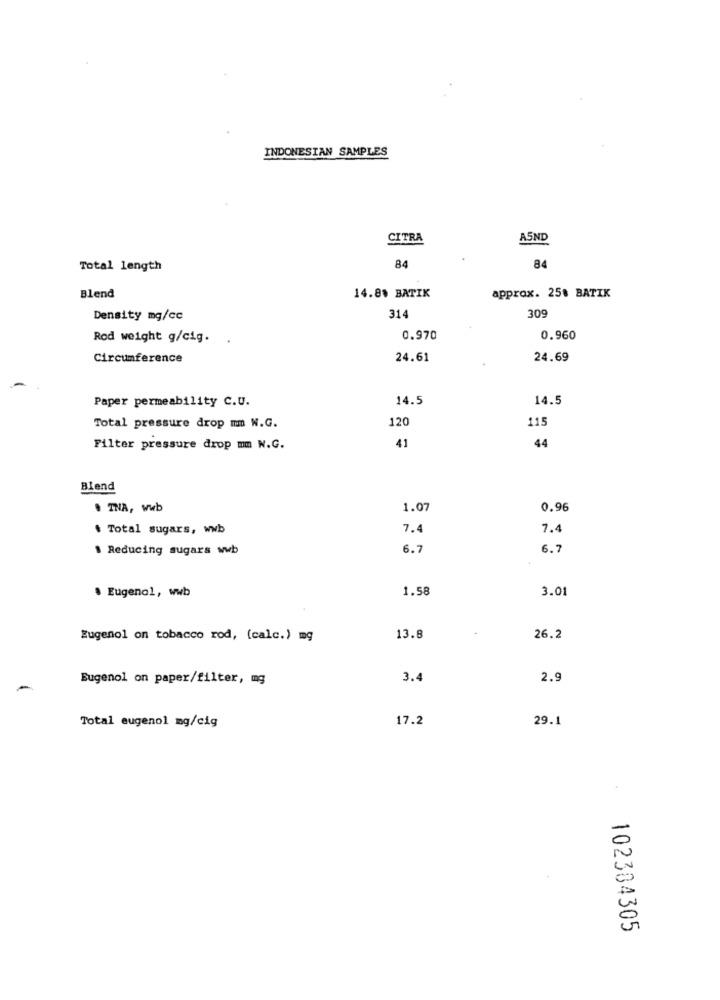
INDONESIAN SAMPLES
CITRA
A5ND
Total length
84
84
Blend
14.8% BATIK
approx. 25% BATIK
Density mg/cc
314
309
Rod weight g/cig.
0.970
0.960
Circumference
24.61
24.69
Paper permeability C.U.
14.5
14.5
120
115
Total pressure drop mm W.G.
44
Filter pressure drop mm W.G.
41
Blend
· TNA, wwb
1.07
0.96
. Total sugars, wwb
7.4
7.4
. Reducing sugars wwb
6.7
6.7
Eugenol, wwb
1.58
3.01
Eugenol on tobacco rod, (calc.) mg
13.8
26.2
Eugenol on paper/filter, mg
3.4
2.9
Total eugenol mg/cig
17.2
29.1
102384305